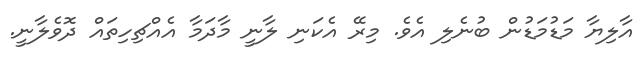
އާލިޔާ މަޑުމަޑުން ބުނެލި އެވެ. މިރޭ އެކަނި ލާނީ މާދަމާ އެއްޗިހިތައް ދޮވެލާނީ.